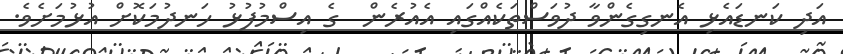
އަދި ކަނޑައެޅި އެނގިގެންވާ ދުވަސްތަކެއްގައި އެއުރެން  ގެ އިސްމުފުޅު ހަނދުމަކޮށް އުޅުމަށެވެ.